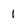
Character: 1